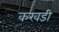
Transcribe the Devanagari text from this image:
करवडी